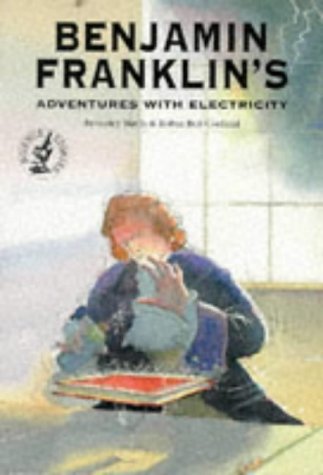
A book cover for Benjamin Franklin's Adventures with Electricity (Science Stories); Beverley Birch; Children's Books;